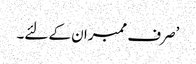
’صرف ممبران کے لئے۔